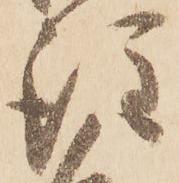
注